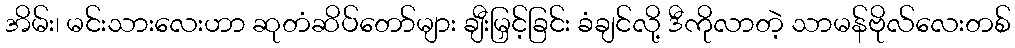
အိမ်း၊ မင်းသားလေးဟာ ဆုတံဆိပ်တော်များ ချီးမြှင့်ခြင်း ခံချင်လို့ ဒီကိုလာတဲ့ သာမန်ဗိုလ်လေးတစ်